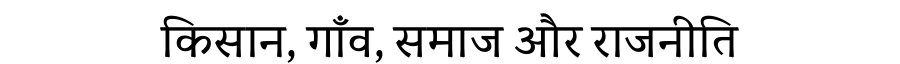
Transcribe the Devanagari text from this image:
किसान, गाँव, समाज और राजनीति